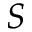
S